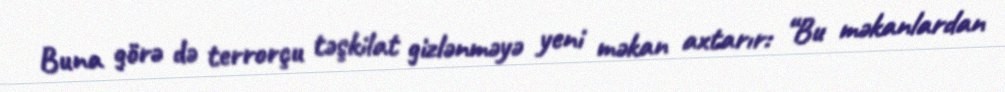
Buna görə də terrorçu təşkilat gizlənməyə yeni məkan axtarır: “Bu məkanlardan